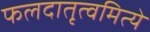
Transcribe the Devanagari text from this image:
फलदातृत्वमित्ये